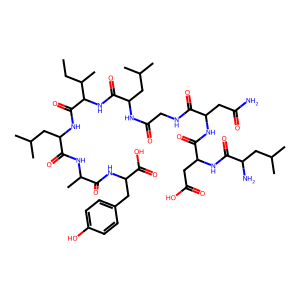
SMILES: CCC(C)C(NC(=O)C(CC(C)C)NC(=O)CNC(=O)C(CC(N)=O)NC(=O)C(CC(=O)O)NC(=O)C(N)CC(C)C)C(=O)NC(CC(C)C)C(=O)NC(C)C(=O)NC(Cc1ccc(O)cc1)C(=O)O
Inhibits HIV replication: No